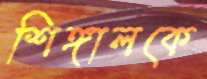
শিঙ্গালকে